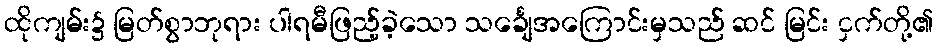
ထိုကျမ်း၌ မြတ်စွာဘုရား ပါရမီဖြည့်ခဲ့သော သင်္ချေအကြောင်းမှသည် ဆင် မြင်း ငှက်တို့၏